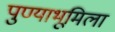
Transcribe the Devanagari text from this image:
पुण्याभूमिला